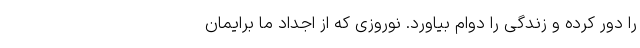
را دور کرده و زندگی را دوام بیاورد. نوروزی که از اجداد ما برایمان